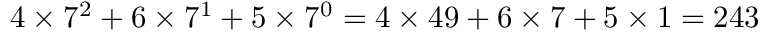
4 \times 7 ^ { 2 } + 6 \times 7 ^ { 1 } + 5 \times 7 ^ { 0 } = 4 \times 4 9 + 6 \times 7 + 5 \times 1 = 2 4 3